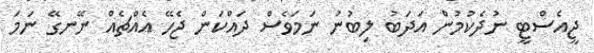
ޖީއެސްޓީ ނުދެކުމުން އަދަބު ލިބުނު ނަމަވެސް ދައްކަން ޖެހޭ އެއްޗެއް ނޭނގޭ ނަމަ